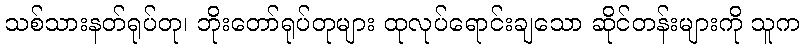
သစ်သားနတ်ရုပ်တု၊ ဘိုးတော်ရုပ်တုများ ထုလုပ်ရောင်းချသော ဆိုင်တန်းများကို သူက